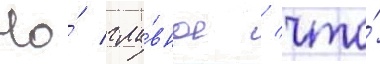
Но́ гла́вное / что́